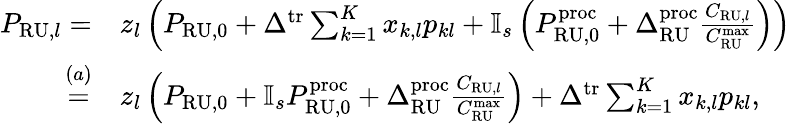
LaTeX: \begin{array}{rl}{P_{\mathrm{RU},l}=}&{z_{l}\left(P_{\mathrm{RU},0}+\Delta^{\mathrm{tr}}\sum_{k=1}^{K}x_{k,l}p_{kl}+\mathbb{I}_{s}\left(P_{\mathrm{RU,0}}^{\mathrm{proc}}+\Delta_{\mathrm{RU}}^{\mathrm{proc}}\frac{C_{\mathrm{RU},l}}{C_{\mathrm{RU}}^{\mathrm{max}}}\right)\right)}\\ {\stackrel{(a)}=}&{z_{l}\left(P_{\mathrm{RU},0}+\mathbb{I}_{s}P_{\mathrm{RU,0}}^{\mathrm{proc}}+\Delta_{\mathrm{RU}}^{\mathrm{proc}}\frac{C_{\mathrm{RU},l}}{C_{\mathrm{RU}}^{\mathrm{max}}}\right)+\Delta^{\mathrm{tr}}\sum_{k=1}^{K}x_{k,l}p_{kl},}\end{array}